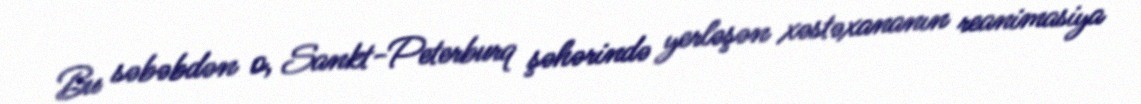
Bu səbəbdən o, Sankt-Peterburq şəhərində yerləşən xəstəxananın reanimasiya